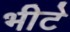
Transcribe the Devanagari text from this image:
भीटे